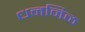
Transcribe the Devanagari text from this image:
धननिळ